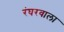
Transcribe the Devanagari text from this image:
रंघरवाला